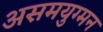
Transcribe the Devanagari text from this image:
असमयुग्मन